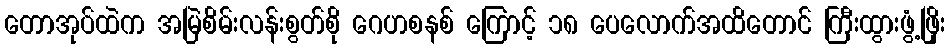
တောအုပ်ထဲက အမြဲစိမ်းလန်းစွတ်စို ဂေဟစနစ် ကြောင့် ၁၈ ပေလောက်အထိတောင် ကြီးထွားဖွံ့ဖြိုး